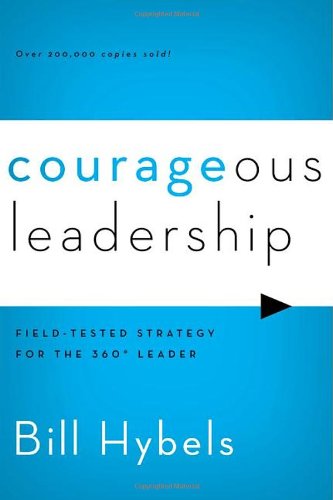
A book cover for Courageous Leadership: Field-Tested Strategy for the 360Â° Leader; Bill Hybels; Christian Books & Bibles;